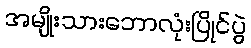
အမျိုးသားဘောလုံးပြိုင်ပွဲ